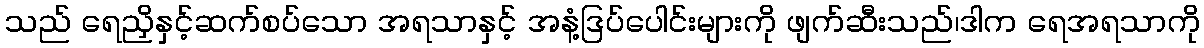
သည် ရေညှိနှင့်ဆက်စပ်သော အရသာနှင့် အနံ့ဒြပ်ပေါင်းများကို ဖျက်ဆီးသည်၊ဒါက ရေအရသာကို